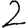
Digit: 2